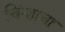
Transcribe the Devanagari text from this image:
चिंन्हाचा